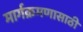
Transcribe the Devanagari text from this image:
मार्गक्रमणासाठी